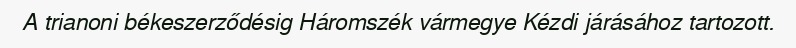
A trianoni békeszerződésig Háromszék vármegye Kézdi járásához tartozott.